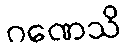
ဂဏေသိ